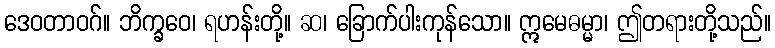
ဒေဝတာဝဂ်။ ဘိက္ခဝေ၊ ရဟန်းတို့။ ဆ၊ ခြောက်ပါးကုန်သော။ ဣမေဓမ္မာ၊ ဤတရားတို့သည်။